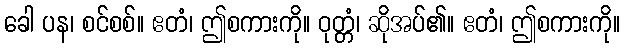
ခေါ ပန၊ စင်စစ်။ ဧတံ၊ ဤစကားကို။ ဝုတ္တံ၊ ဆိုအပ်၏။ ဧတံ၊ ဤစကားကို။